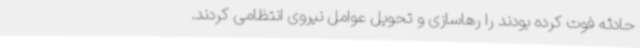
حادثه فوت کرده بودند را رهاسازی و تحویل عوامل نیروی انتظامی کردند.